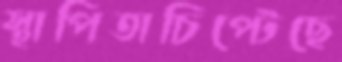
স্থাপিতাচিপ্‌টেছে